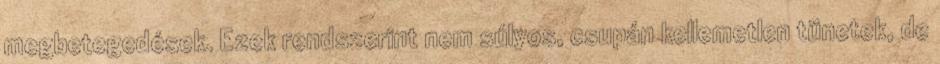
megbetegedések. Ezek rendszerint nem súlyos, csupán kellemetlen tünetek, de